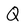
Character: Q